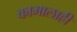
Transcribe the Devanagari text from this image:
कामालाही